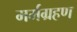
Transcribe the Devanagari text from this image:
मर्मग्रहण